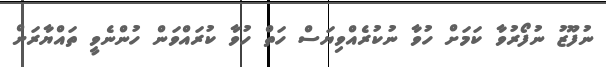
ނުފޫޒު ނުފޯރުވާ ކަމަށް ހުވާ ނުކުރެއްވިޔަސް ހަތް ހުވާ ކުރައްވަން ހުންނެވީ ތައްޔާރަށް